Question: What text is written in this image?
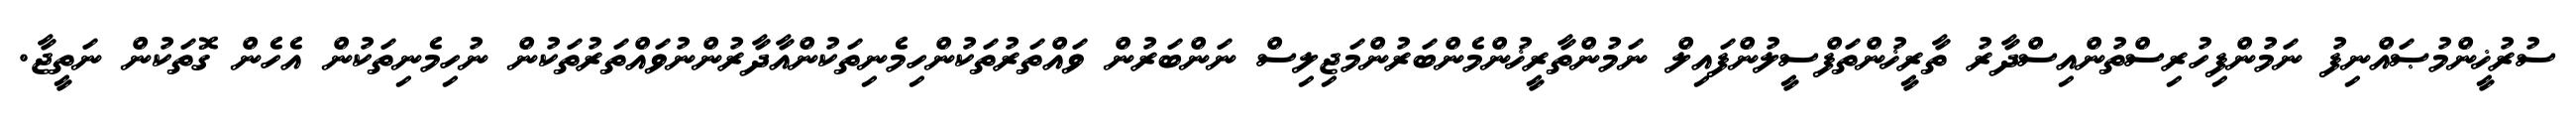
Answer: ސުރުޚީންމުޞައްނިފު ނަމުންފިހުރިސްތުންއިސްދާރު ތާރީޚުންތަފްސީލުންފައިލް ނަމުންތާރީޚުންމެންބަރުންމަޖިލިސް ނަންބަރުން ވައްތަރުތަކުންހިމެނިތަކުންއާދާރުންނުވައްތަރުތަކުން ނުހިމެނިތަކުން އެހެން ގޮތަކުން ނަތީޖާ.